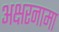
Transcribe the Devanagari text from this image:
अक्षरनामा